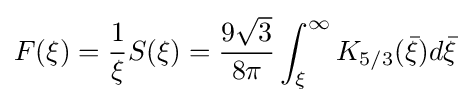
F(\xi )={\frac {1}{\xi }}S(\xi )={\frac {9{\sqrt {3}}}{8\pi }}\int _{\xi }^{\infty }K_{5/3}({\bar {\xi }})d{\bar {\xi }}